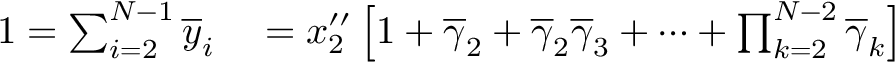
\begin{array} { r l } { 1 = \sum _ { i = 2 } ^ { N - 1 } \overline { { y } } _ { i } } & { { } = x _ { 2 } ^ { \prime \prime } \left[ 1 + \overline { { \gamma } } _ { 2 } + \overline { { \gamma } } _ { 2 } \overline { { \gamma } } _ { 3 } + \cdots + \prod _ { k = 2 } ^ { N - 2 } \overline { { \gamma } } _ { k } \right] } \end{array}